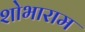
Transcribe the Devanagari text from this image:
शोभाराम